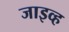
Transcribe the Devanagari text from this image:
जाइव्ह